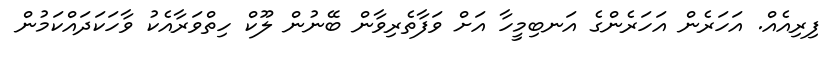
ފިރިއެއް. އަހަރެން އަހަރެންގެ އަނބިމީހާ އަށް ވަފާތެރިވާން ބޭނުން ލޫކް ހިތްވަރާއެކު ވާހަކަދައްކަމުން